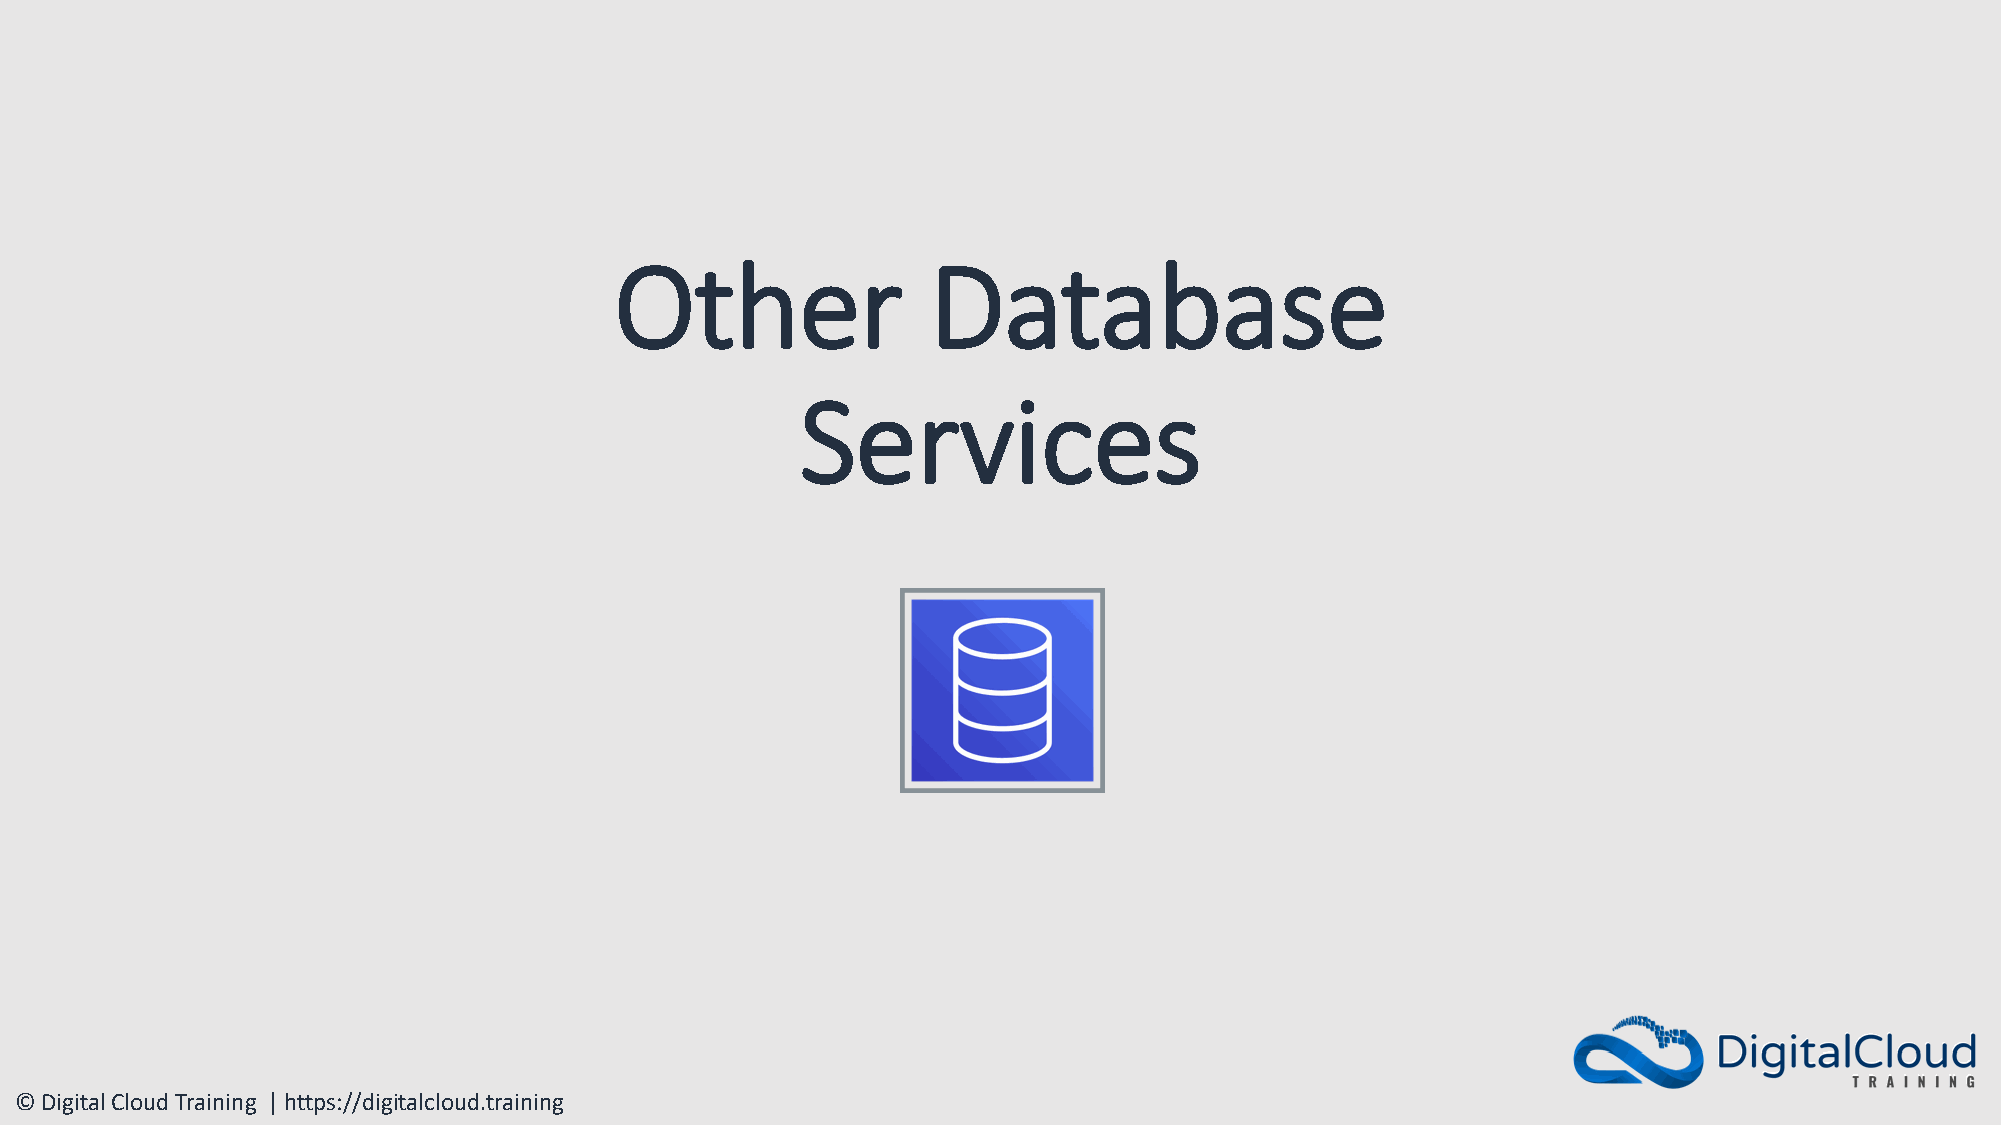
Other               Database
 Services
 © Digital Cloud Training | https://digitalcloud.training